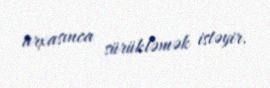
arxasınca sürükləmək istəyir.